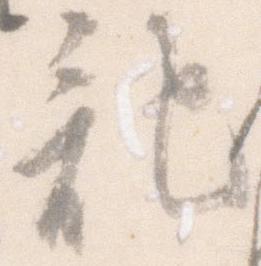
記